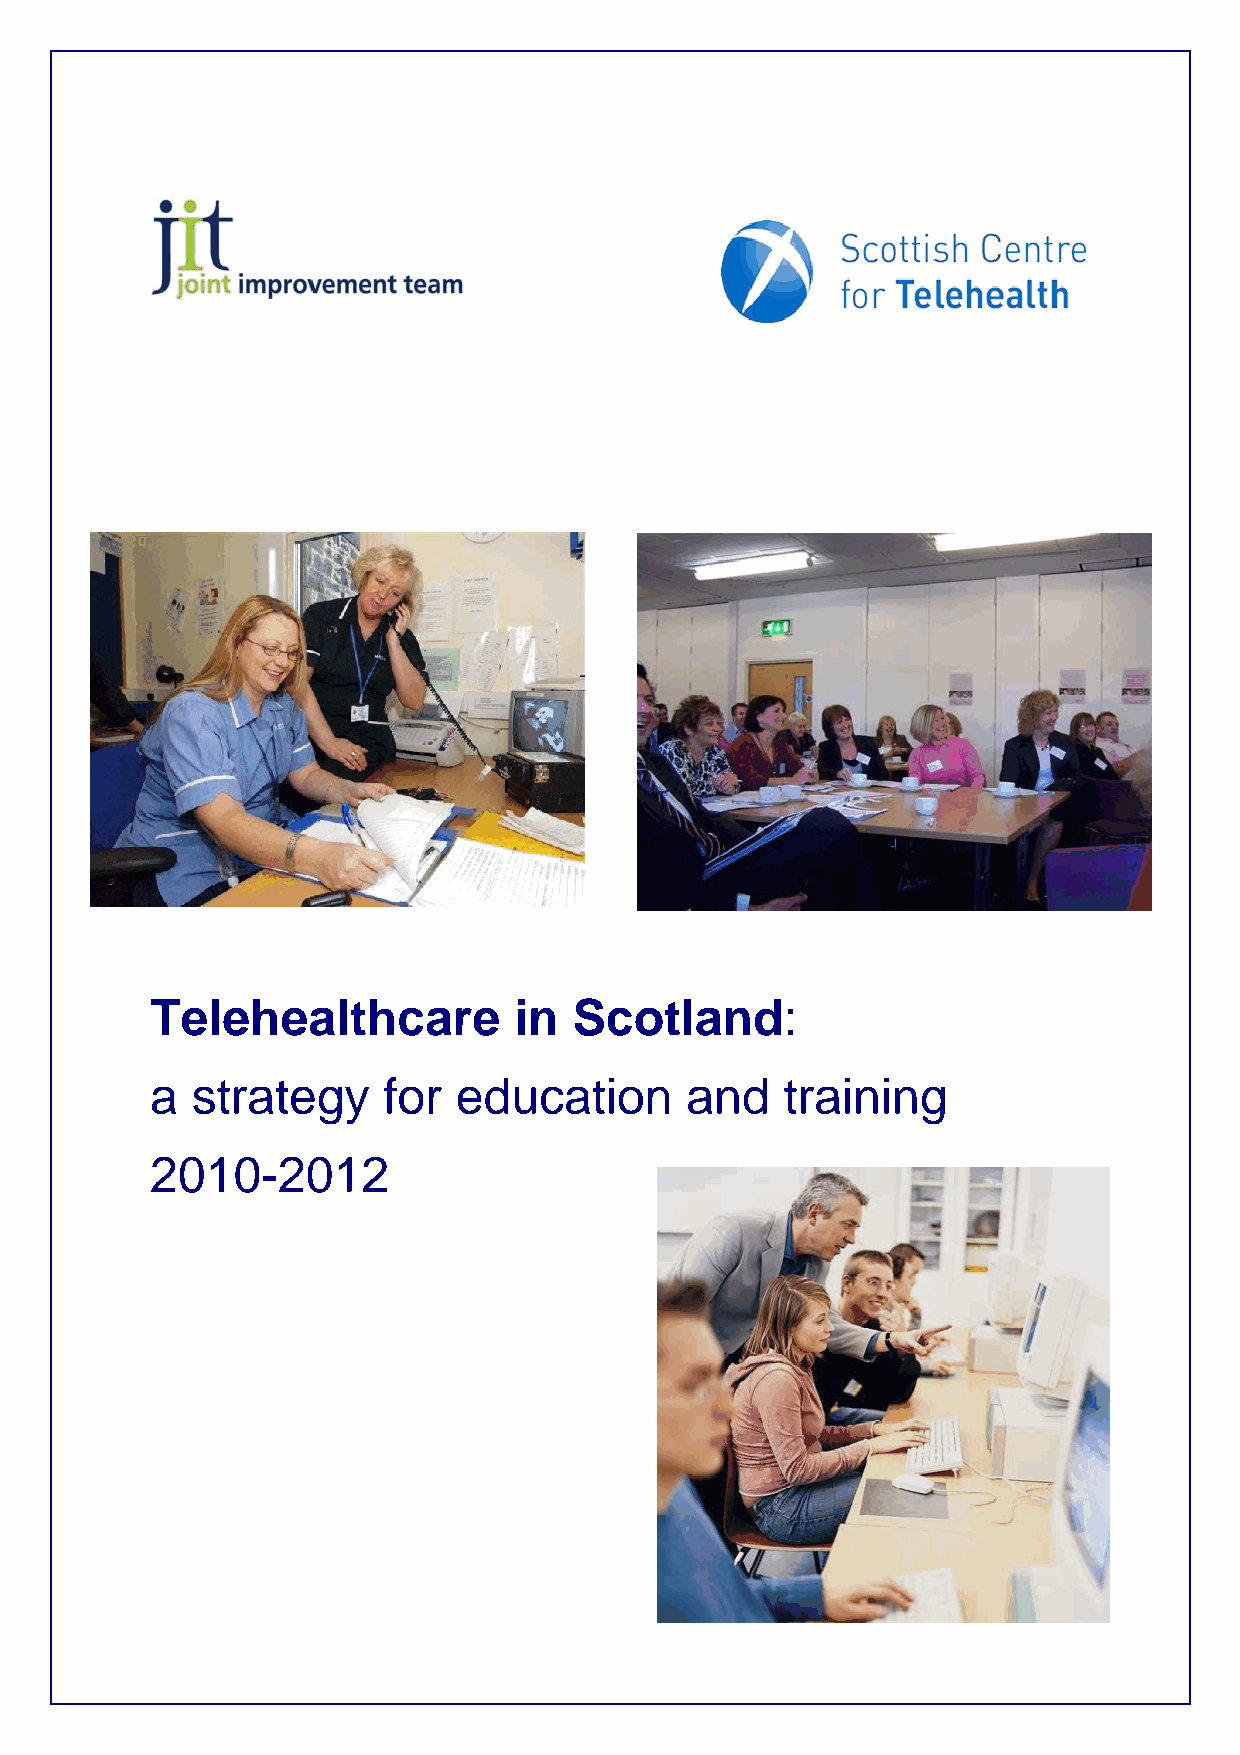
Telehealthcare          in  Scotland:
 a  strategy    for  education      and    training
 2010-2012